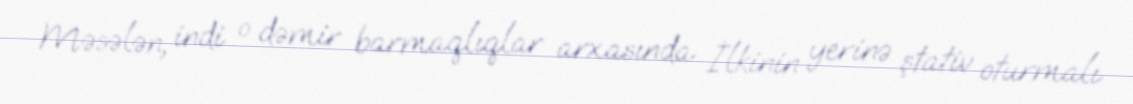
Məsələn, indi o dəmir barmaqlıqlar arxasında İlkinin yerinə ştativ oturmalı